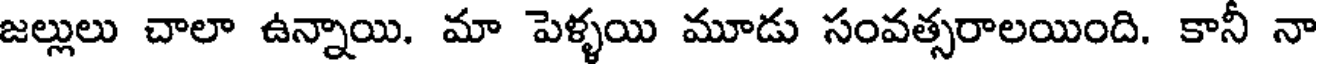
జల్లులు చాలా ఉన్నాయి. మా పెళ్ళయి మూడు సంవత్సరాలయింది. కానీ నా